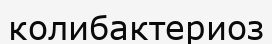
колибактериоз